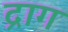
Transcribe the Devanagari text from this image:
द्राग